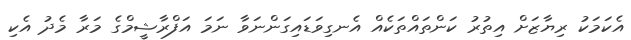
އެކަމަކު ރިޔާޒަށް އިތުރު ކަންތައްތަކެއް އެނގިވަޑައިގަންނަވާ ނަމަ އަފްރާޝީމްގެ މަރާ މެދު އެކި